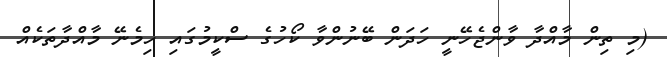
(މި ތިން މާއްދާ ވާންޖެހޭނީ ހަދަން ބޭނުންވާ ކޯހުގެ ސްކީމުގައި ހިމެނޭ މާއްދާތަކެއް